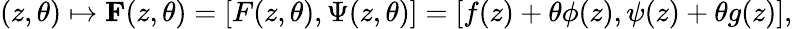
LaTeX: (z,\theta)\mapsto{\mathbf F}(z,\theta)=[F(z,\theta),\Psi(z,\theta)]=[f(z)+\theta\phi(z),\psi(z)+\theta g(z)],